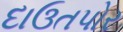
દાઉતપોર